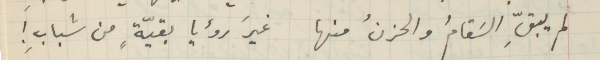
لم يبقِّ السَقامُ والحزنُ منها غيرَ رؤيا بقيّةٍ من شبابِ!